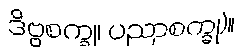
ဒိဗ္ဗစက္ခု၊ ပညာစက္ခု)။